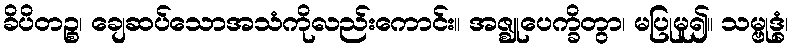
ခိပိတဉ္စ၊ ချေဆပ်သောအသံကိုလည်းကောင်း။ အဇ္ဈုပေက္ခိတွာ၊ မပြုမူ၍။ သမ္ဗုဒ္ဓံ၊